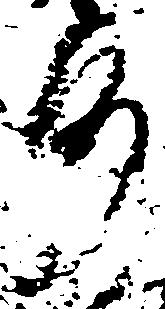
沙